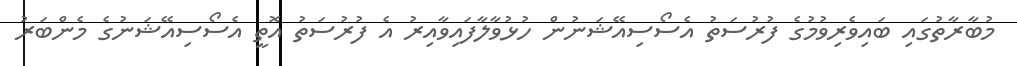
މުބާރާތުގައި ބައިވެރިވުމުގެ ފުރުސަތު އެސޯސިއޭޝަނުން ހުޅުވާލާފައިވާއިރު އެ ފުރުސަތު އޮތީ އެސޯސިއޭޝަނުގެ މެންބަރު